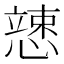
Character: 𱟍